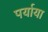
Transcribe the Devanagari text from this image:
पर्याया